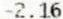
-2.16